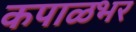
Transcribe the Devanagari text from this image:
कपाळभर